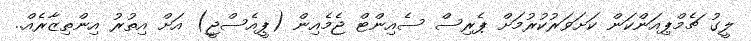
ލީގު ޗެމްޕިއަންކަން ކަށަވަރުކުރުމަށް ޕެރިސް ސެއިންޓް ޖެމެއިން (ޕީއެސްޖީ) އަށް އިތުރު އިންތިޒާރެއް..